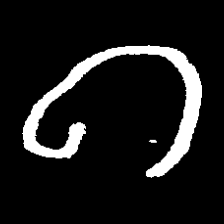
Pyu character \u2014 Myanmar letter: ဂ (romanized: ga)